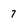
Character: 7